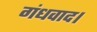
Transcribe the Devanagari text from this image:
गंधवाद।